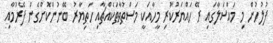
ފުލުހުން މި މައްސަލާގައި ރޭ ހައްޔަރުކުރި މީހާއަކީ މަސްތުވާތަކެއްޗާއި ހަތިޔާރު ބޭނުންކޮށްގެން ފޭރުމާއި